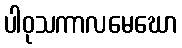
ပါဝုသကာလမေဃော